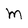
Character: M